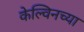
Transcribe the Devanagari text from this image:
केल्विनच्या